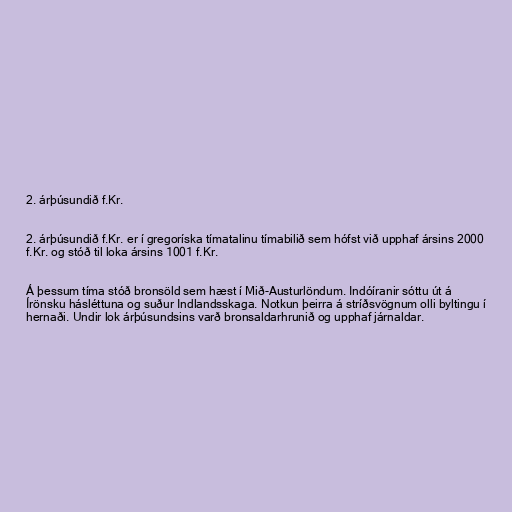
2. árþúsundið f.Kr.

2. árþúsundið f.Kr. er í gregoríska tímatalinu tímabilið sem hófst við upphaf ársins 2000
f.Kr. og stóð til loka ársins 1001 f.Kr.

Á þessum tíma stóð bronsöld sem hæst í Mið-Austurlöndum. Indóíranir sóttu út á
Írönsku hásléttuna og suður Indlandsskaga. Notkun þeirra á stríðsvögnum olli byltingu í
hernaði. Undir lok árþúsundsins varð bronsaldarhrunið og upphaf járnaldar.